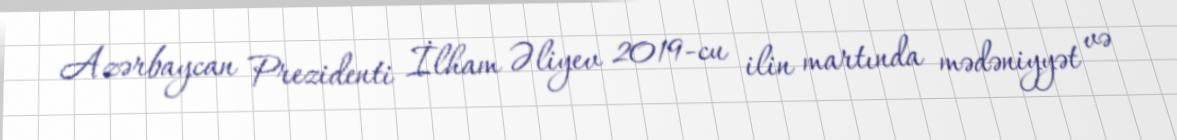
Azərbaycan Prezidenti İlham Əliyev 2019-cu ilin martında mədəniyyət və